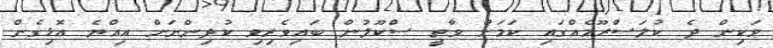
ވަކިން ދެ ކުލަސްރޫމެއްގައި ކަމަށް ވާތީ ސްކޫލުން ބައިވެރިވި ކުދިންނަށް އިއްޔެ އޮޅިގެން